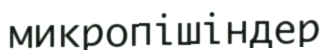
микропішіндер